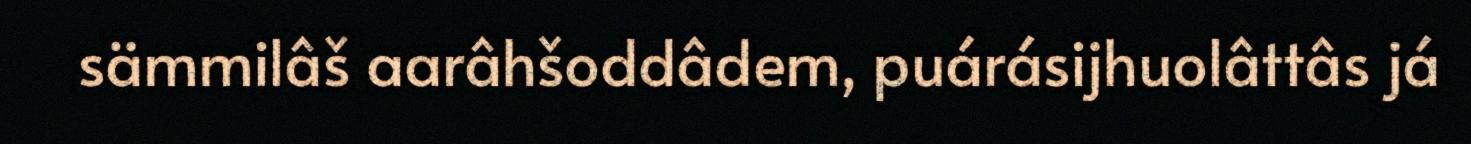
sämmilâš aarâhšoddâdem, puárásijhuolâttâs já